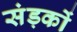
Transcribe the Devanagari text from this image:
संड़कों